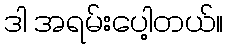
ဒါ အရမ်းပေါ့တယ်။